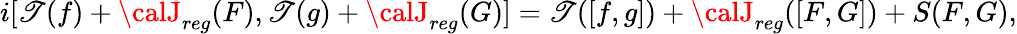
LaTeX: i[{\cal\mathscr{T}}(f)+{\calJ}_{reg}(F),{\cal\mathscr{T}}(g)+{\calJ}_{reg}(G)]={\cal\mathscr{T}}([f,g])+{\calJ}_{reg}([F,G])+S(F,G),